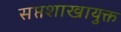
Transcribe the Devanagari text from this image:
सप्तशाखायुक्त